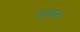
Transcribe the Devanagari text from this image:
कांरान